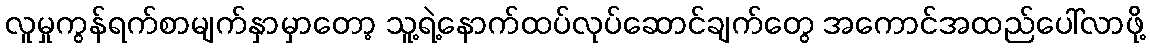
လူမှုကွန်ရက်စာမျက်နှာမှာတော့ သူ့ရဲ့နောက်ထပ်လုပ်ဆောင်ချက်တွေ အကောင်အထည်ပေါ်လာဖို့